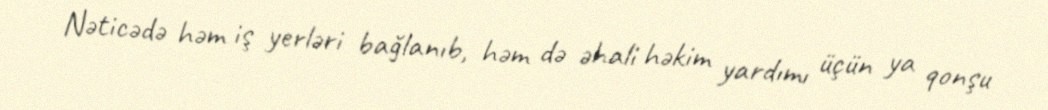
Nəticədə həm iş yerləri bağlanıb, həm də əhali həkim yardımı üçün ya qonşu